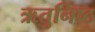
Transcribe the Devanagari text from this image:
ऋतुनिष्ठ